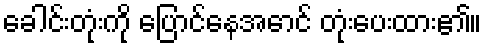
ခေါင်းတုံးကို ပြောင်နေအောင် တုံးပေးထား၏။